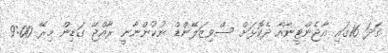
ގަދަ 16ގައި އާޖެންޓީނާއާ ދެކޮޅަށް ސްވިޒަލޭންޑް ނުކުންނާނީ ރާއްޖޭ ގަޑިން މިރޭ 9:00